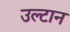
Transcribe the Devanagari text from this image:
उल्टान